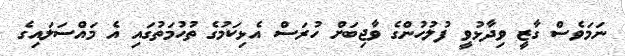
ނަމަވެސް ގާޒީ ވިދާޅުވީ ފުލުހުންގެ ވާޖިބަށް ހުރަސް އެޅިކަމުގެ ތުހުމަތުގައި އެ މައްސަލައިގެ